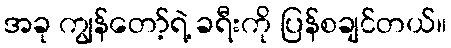
အခု ကျွန်တော့်ရဲ့ ခရီးကို ပြန်စချင်တယ်။